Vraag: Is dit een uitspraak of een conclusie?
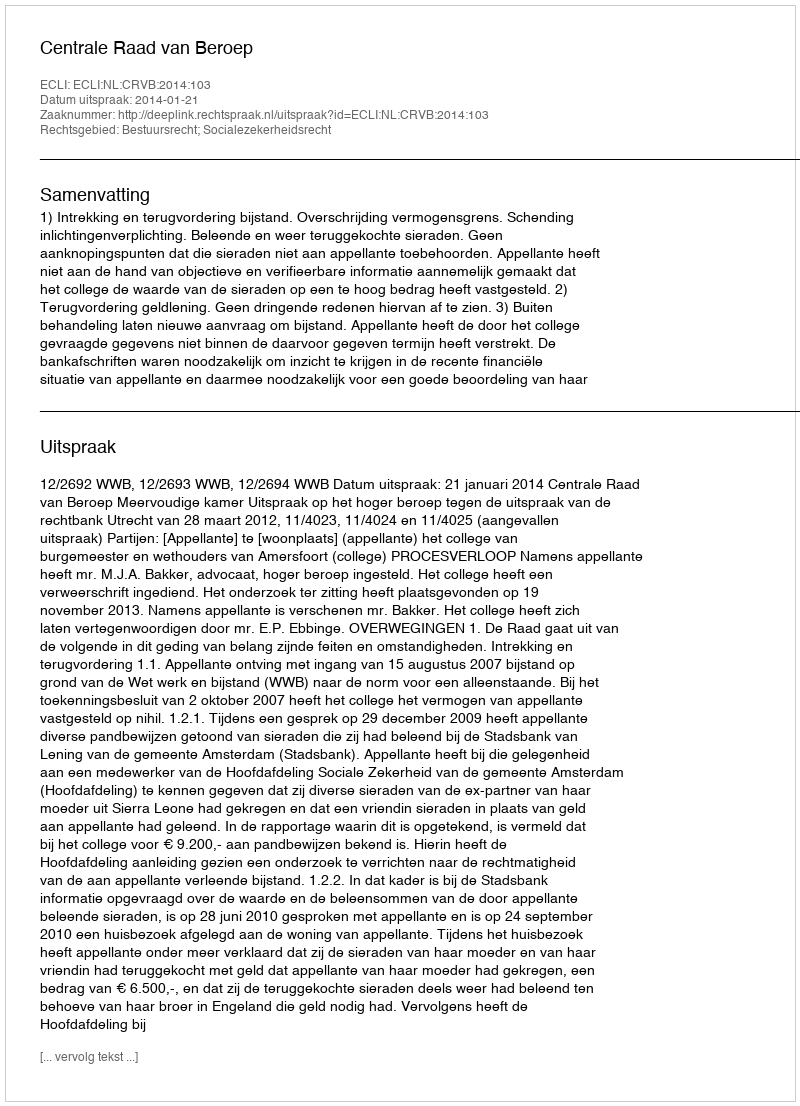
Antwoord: Uitspraak